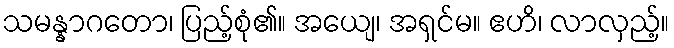
သမန္နာဂတော၊ ပြည့်စုံ၏။ အယျေ၊ အရှင်မ။ ဧဟိ၊ လာလှည့်။